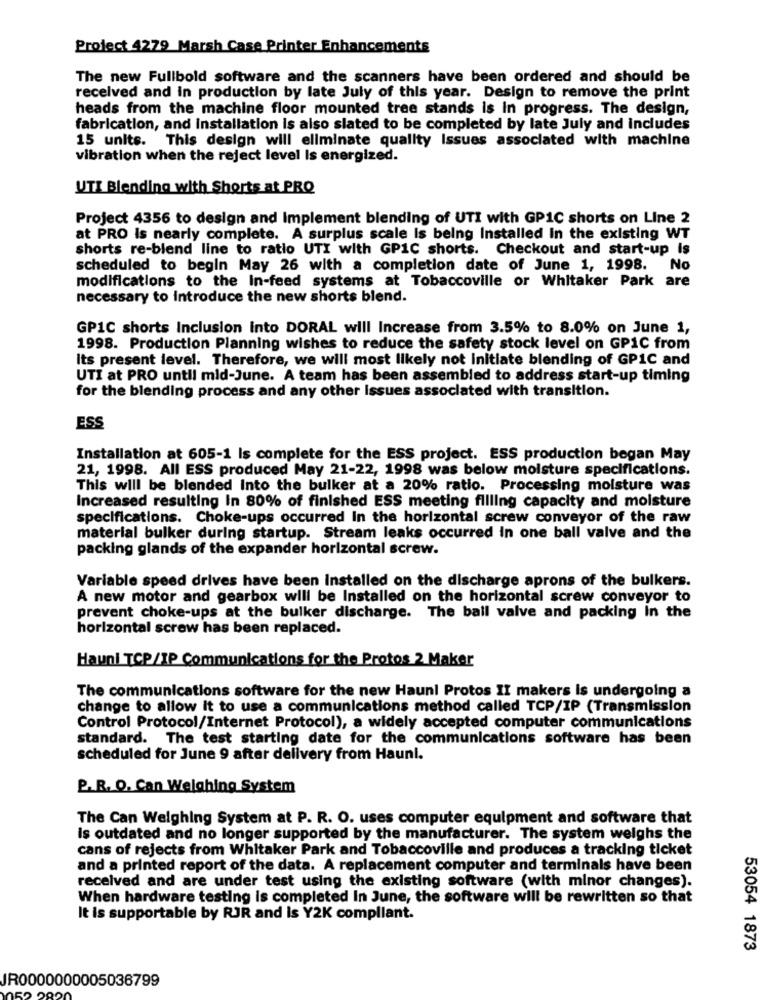
Project 4279 Marsh Case Printer Enhancements
The new Fullbold software and the scanners have been ordered and should be
received and in production by late July of this year. Design to remove the print
heads from the machine floor mounted tree stands is In progress. The design,
fabrication, and installation is also slated to be completed by late July and includes
15 units. This design will eliminate quality Issues associated with machine
vibration when the reject level Is energized.
UTI Blending with Shorts at PRQ
Project 4356 to design and Implement blending of UTI with GP1C shorts on Line 2
at PRO Is nearly complete. A surplus scale Is being Installed In the existing WT
shorts re-blend line to ratio UTI with GPIC shorts. Checkout and start-up is
scheduled to begin May 26 with a completion date of June 1, 1998. No
modifications to the in-feed systems at Tobaccoville or Whitaker Park are
necessary to introduce the new shorts blend.
GP1C shorts Inclusion into DORAL will Increase from 3.5% to 8.0% on June 1,
1998. Production Planning wishes to reduce the safety stock level on GPIC from
Its present level. Therefore, we will most likely not initiate blending of GP1C and
UTI at PRO until mid-June. A team has been assembled to address start-up timing
for the blending process and any other Issues associated with transition.
ESS
Installation at 605-1 Is complete for the ESS project. ESS production began May
21, 1998. All ESS produced May 21-22, 1998 was below moisture specifications.
This will be blended Into the bulker at a 20% ratio. Processing moisture was
Increased resulting In 80% of finished ESS meeting filling capacity and moisture
specifications. Choke-ups occurred In the horizontal screw conveyor of the raw
material bulker during startup. Stream leaks occurred in one ball valve and the
packing glands of the expander horizontal screw.
Variable speed drives have been installed on the discharge aprons of the bulkers.
A new motor and gearbox will be Installed on the horizontal screw conveyor to
prevent choke-ups at the bulker discharge. The ball valve and packing In the
horizontal screw has been replaced.
Hauni TCP/IP Communications for the Protos 2 Maker
The communications software for the new Hauni Protos II makers is undergoing a
change to allow it to use a communications method called TCP/IP (Transmission
Control Protocol/Internet Protocol), a widely accepted computer communications
standard. The test starting date for the communications software has been
scheduled for June 9 after delivery from Haunl.
P. R. O. Can Weighing System
The Can Weighing System at P. R. O. uses computer equipment and software that
Is outdated and no longer supported by the manufacturer. The system weighs the
cans of rejects from Whitaker Park and Tobaccoville and produces a tracking ticket
and a printed report of the data. A replacement computer and terminals have been
received and are under test using the existing software (with minor changes).
When hardware testing is completed In June, the software will be rewritten so that
It is supportable by RJR and Is Y2K compliant.
53054 1873
IR0000000005036799